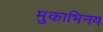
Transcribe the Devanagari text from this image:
मुकाभिनय